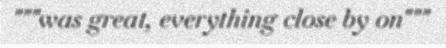
"""was great, everything close by on"""